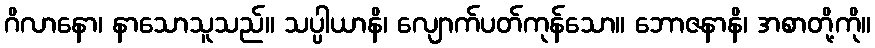
ဂိလာနော၊ နာသောသူသည်။ သပ္ပါယာနိ၊ လျောက်ပတ်ကုန်သော။ ဘောဇနာနိ၊ အစာတို့ကို။